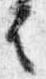
者